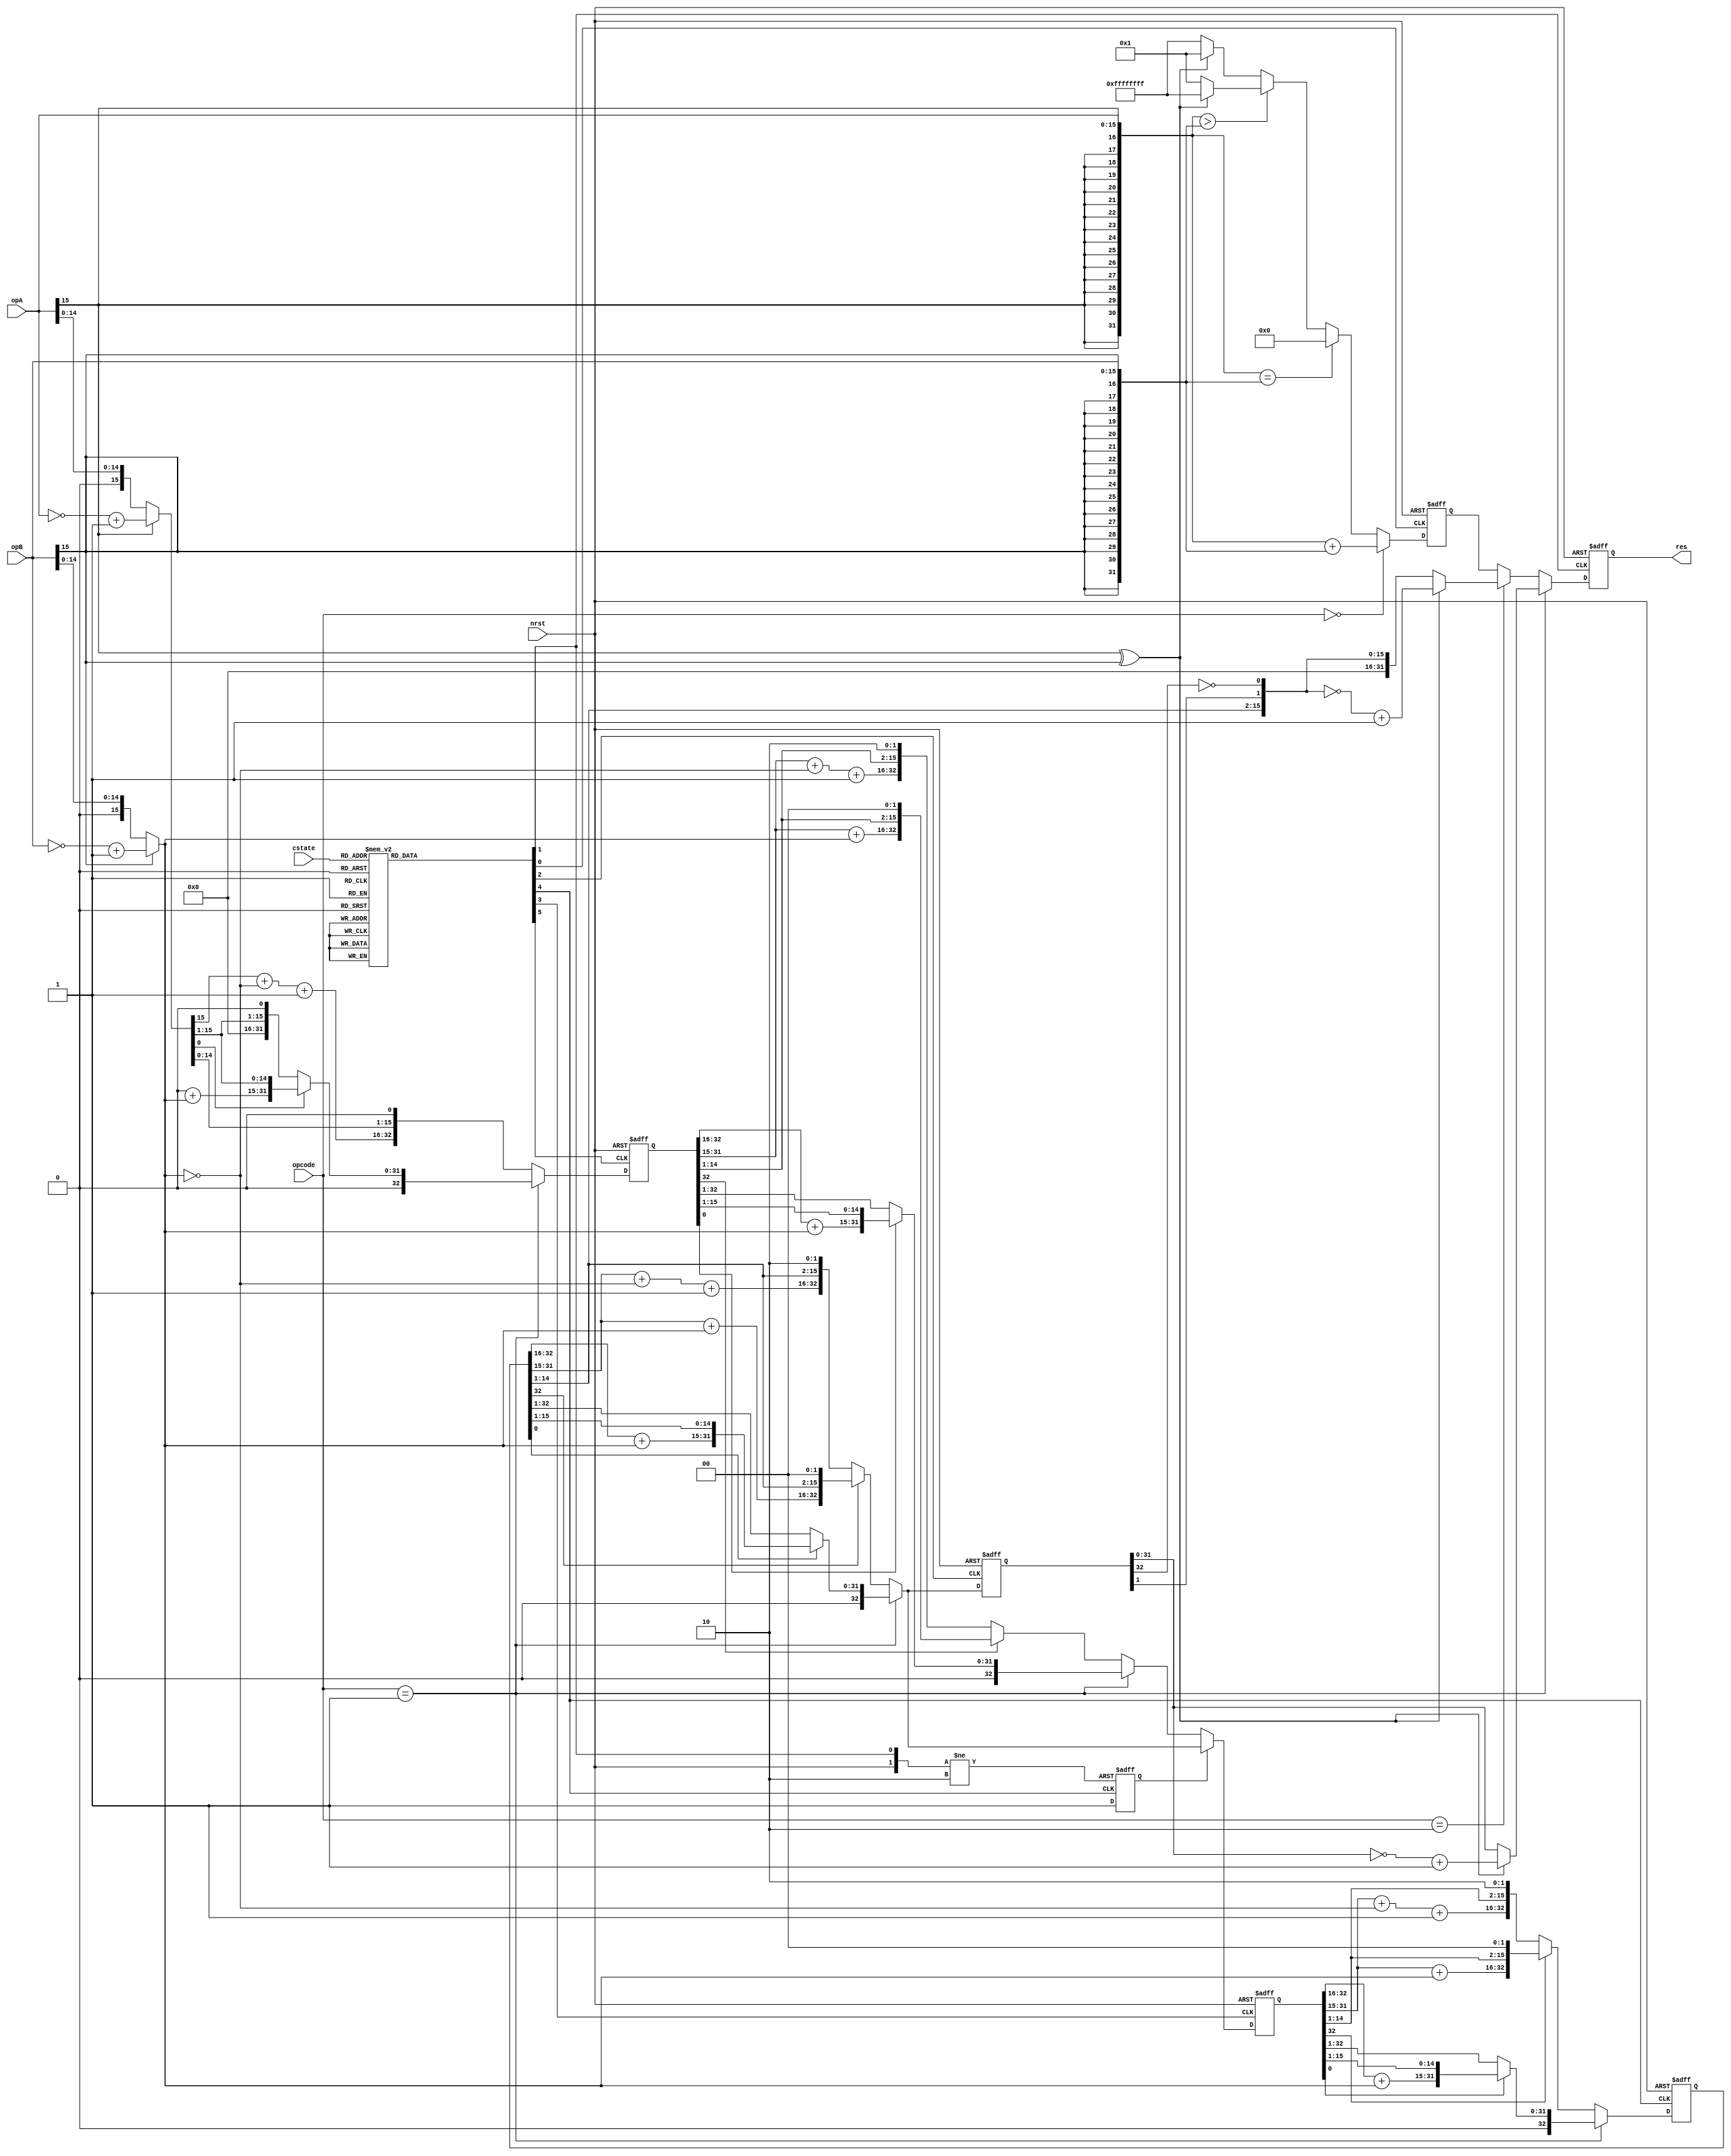
`timescale 1ns / 1ps
//////////////////////////////////////////////////////////////////////////////////
// Company: 
// Engineer: 
// 
// Design Name: 
// Module Name:    datapath 
// Project Name: 
// Target Devices: 
// Tool versions: 
// Description: 
//
// Dependencies: 
//
// Revision: 
// Revision 0.01 - File Created
// Additional Comments: 
//
//////////////////////////////////////////////////////////////////////////////////
module datapath(
	 input nrst,
    input [15:0] opA,
    input [15:0] opB,
    input [1:0] opcode,
    input [4:0] cstate,
    output reg [31:0] res
    );

	//define reg + wires
	wire [15:0] mdA, mdB;
	wire [31:0] acA, acB;
	wire [32:0] mdinit;
	wire mdsign;	//sign bit for mult & div
	
	reg s1, s_odd, s_even, s16, s20, s31;
	reg md_even_sel;
	reg [31:0] ac_array;
	reg [32:0] md1, md_odd, md_even, md16; //arrays used in mult & div
	
	//sign extend (32-bit)
	assign acA = { {16{opA[15]}}, opA};
	assign acB = { {16{opB[15]}}, opB};
	
	//negate the operands (if negative), else retain
	assign mdsign = (opA[15])^(opB[15]);
	assign mdA = opA[15]? ((~opA) + 16'd1) : opA;
	assign mdB = opB[15]? {1'b0, ((~opB) + 16'd1)} : {1'b0, opB};
	
	//initialize array used by mult & div
	assign mdinit = {1'b0, {16{1'b0}}, opA[15]? ((~opA) + 16'd1) : opA};
	
	
	//Demux for sending write signals to the registers
	//s0: initial state
	//s20: "holding" state while waiting for inputs
	//s1, s_odd, s_even, s16: mult & div states
	//s31: add & compare state
	always@(cstate) begin
		case(cstate)
			5'b00000: {s1, s_odd, s_even, s16, s20, s31} <= 6'b000000;	//s0
			5'b10001: {s1, s_odd, s_even, s16, s20, s31} <= 6'b000010;	//s20
			5'b10000: {s1, s_odd, s_even, s16, s20, s31} <= 6'b000001; 	//s31
			5'b00001: {s1, s_odd, s_even, s16, s20, s31} <= 6'b100000;	//s1
			5'b00011: {s1, s_odd, s_even, s16, s20, s31} <= 6'b001000;	//s2
			5'b00010: {s1, s_odd, s_even, s16, s20, s31} <= 6'b010000;	//s3
			5'b00110: {s1, s_odd, s_even, s16, s20, s31} <= 6'b001000;	//s4
			5'b00111: {s1, s_odd, s_even, s16, s20, s31} <= 6'b010000;	//s5
			5'b00101: {s1, s_odd, s_even, s16, s20, s31} <= 6'b001000;	//s6
			5'b00100: {s1, s_odd, s_even, s16, s20, s31} <= 6'b010000;	//s7
			5'b01100: {s1, s_odd, s_even, s16, s20, s31} <= 6'b001000;	//s8
			5'b01101: {s1, s_odd, s_even, s16, s20, s31} <= 6'b010000;	//s9
			5'b01111: {s1, s_odd, s_even, s16, s20, s31} <= 6'b001000;	//s10
			5'b01110: {s1, s_odd, s_even, s16, s20, s31} <= 6'b010000;	//s11
			5'b01010: {s1, s_odd, s_even, s16, s20, s31} <= 6'b001000;	//s12
			5'b01011: {s1, s_odd, s_even, s16, s20, s31} <= 6'b010000;	//s13
			5'b01001: {s1, s_odd, s_even, s16, s20, s31} <= 6'b001000;	//s14
			5'b01000: {s1, s_odd, s_even, s16, s20, s31} <= 6'b010000;	//s15
			5'b11000: {s1, s_odd, s_even, s16, s20, s31} <= 6'b000100;	//s16
			default: {s1, s_odd, s_even, s16, s20, s31} <= 6'b000000;
		endcase
	end
	
	//md1 reg (reg that takes contents of mdinit)
	always@(posedge s1 or negedge nrst) begin
		if(!nrst)
			md1 <= 0;
		else begin
			if(opcode==2'b01)	//mul
				if(mdinit[0])
					md1 <= {1'b0, mdinit[32:16] + mdB, mdinit[15:1]};
				else
					md1 <= mdinit;
			else	//div
				if(mdinit[32])
					md1 <= {mdinit[31:15] + mdB, mdinit[14:0], 1'b0};
				else
					md1 <= {mdinit[31:15] + (~mdB) + 1'b1, mdinit[14:0], 1'b0};
		end
	end
	
	//md_even_sel reg (mux selector for md_even reg; choose whether to take md1 or md_odd)
	always@(posedge s_odd or negedge nrst or posedge s20) begin
		if(!nrst)
			md_even_sel <= 1'b0;
		else if(s20)
			md_even_sel <= 1'b0;
		else
			md_even_sel <= 1'b1;
	end
	
	//md_even reg (takes values for even cycles of mul & div except the 16th cycle)
	always@(posedge s_even or negedge nrst) begin
		if(!nrst)
			md_even <= 0;
		else begin
			if(!md_even_sel)	//take input from md1
				if(opcode==2'b01)	//mul
					if(md1[0])
						md_even <= {1'b0, md1[32:16] + mdB, md1[15:1]};
					else
						md_even <= md1 >> 1;
				else	//div
					if(md1[32])
						md_even <= {md1[31:15] + mdB, md1[14:1], 2'b00};
					else
						md_even <= {md1[31:15] + (~mdB) + 1'b1, md1[14:1], 2'b10};
						
			else	//take input from md_odd
				if(opcode==2'b01)	//mul
					if(md_odd[0])
						md_even <= {1'b0, md_odd[32:16] + mdB, md_odd[15:1]};
					else
						md_even <= md_odd >> 1;
				else	//div
					if(md_odd[32])
						md_even <= {md_odd[31:15] + mdB, md_odd[14:1], 2'b00};
					else
						md_even <= {md_odd[31:15] + (~mdB) + 1'b1, md_odd[14:1], 2'b10};
		end
	end
	
	//md_odd reg (takes values for odd cycles except the 1st cycle)
	always@(posedge s_odd or negedge nrst) begin
		if(!nrst)
			md_odd <= 0;
		else begin
			if(opcode==2'b01)
				if(md_even[0])
					md_odd <= {1'b0, md_even[32:16] + mdB, md_even[15:1]};
				else
					md_odd <= md_even >> 1;
			else
				if(md_even[32])
					md_odd <= {md_even[31:15] + mdB, md_even[14:1], 2'b00};
				else
					md_odd <= {md_even[31:15] + (~mdB) + 1'b1, md_even[14:1], 2'b10};
		end
	end
	
	//md16 reg (takes values for the 16th cycle of mul & div)
	always@(posedge s16 or negedge nrst) begin
		if(!nrst)
			md16 <= 0;
		else begin
			if(opcode==2'b01)
				if(md_odd[0])
					md16 <= {1'b0, md_odd[32:16] + mdB, md_odd[15:1]};
				else
					md16 <= md_odd >> 1;
			else
				if(md_odd[32])
					md16 <= {md_odd[31:15] + mdB, md_odd[14:1], 2'b00};
				else
					md16 <= {md_odd[31:15] + (~mdB) + 1'b1, md_odd[14:1], 2'b10};
		end
	end
	
	//res reg (takes the result)
	always@(posedge s20 or negedge nrst) begin
		if(!nrst)
			res <= 0;
		else begin
			if(opcode==2'b01)
				if(mdsign)
					res <= ~(md16[31:0]) + 1'b1;
				else
					res <= md16[31:0];
			else if(opcode==2'b10)
				if(mdsign)
					res <= ~({16'd0, md_odd[14:1], md16[1], ~(md16[32])}) + 1'b1;
				else
					res <= {16'd0, md_odd[14:1], md16[1], ~(md16[32])};
			else
				res <= ac_array;
		end
	end
	
	//ac_array reg
	always@(posedge s31 or negedge nrst) begin
		if(!nrst)
			ac_array <= 0;
		else begin
			if(opcode==2'b00)
				ac_array <= acA + acB;
			else
				if(acA==acB)
					ac_array <= 32'd0;
				else
					if(acA>acB)
						if(mdsign)
							ac_array <= 32'hffffffff;
						else
							ac_array <= 32'd1;
					else
						if(mdsign)
							ac_array <= 32'd1;
						else
							ac_array <= 32'hffffffff;
		end
	end
endmodule